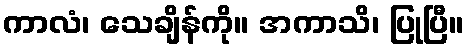
ကာလံ၊ သေချိန်ကို။ အကာသိ၊ ပြုပြီ။